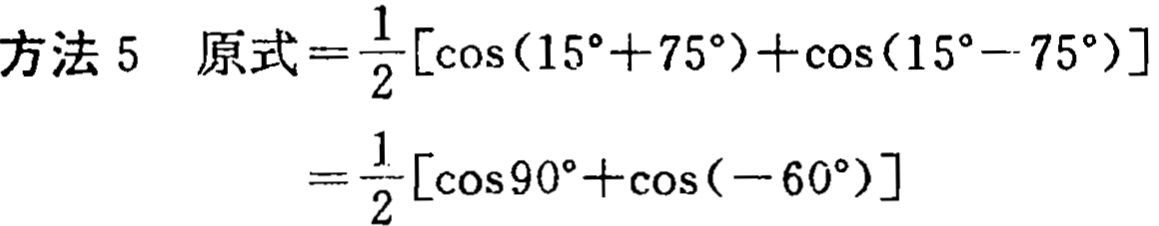
方法 5  原式$=\frac{1}{2}[\cos(15^{\circ}+75^{\circ})+\cos(15^{\circ}-75^{\circ})]$
$=\frac{1}{2}[\cos90^{\circ}+\cos(-60^{\circ})]$